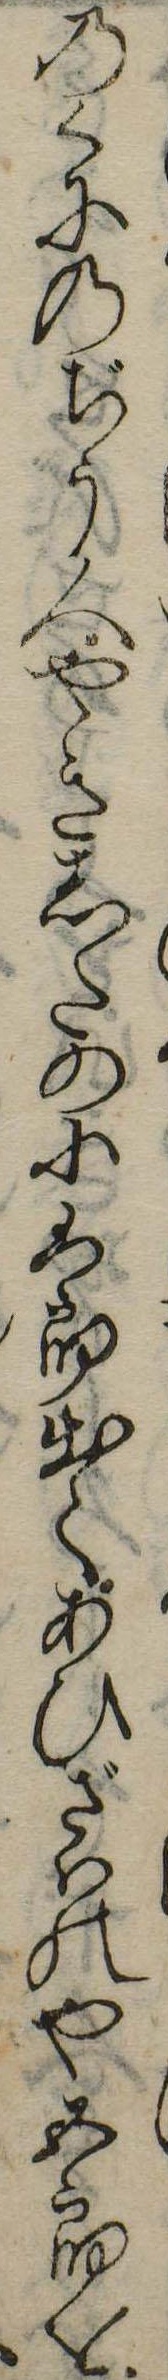
のくにのぢう人やきしたの小六郎出てあひざはのや五郎を